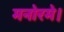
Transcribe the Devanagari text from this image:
मनोरमे।